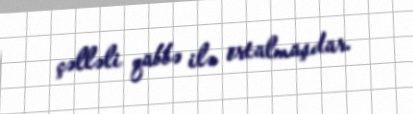
çəlləli qübbə ilə örtülmüşdür.